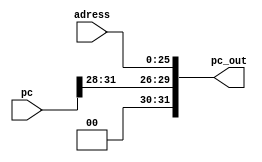
module Jumper(input [31:0] pc, input [25:0] adress, output [31:0] pc_out);
    assign pc_out = {pc[31:28], adress};
endmodule